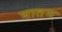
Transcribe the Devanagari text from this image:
घातम